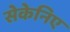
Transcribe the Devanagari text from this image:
सेकेनिए